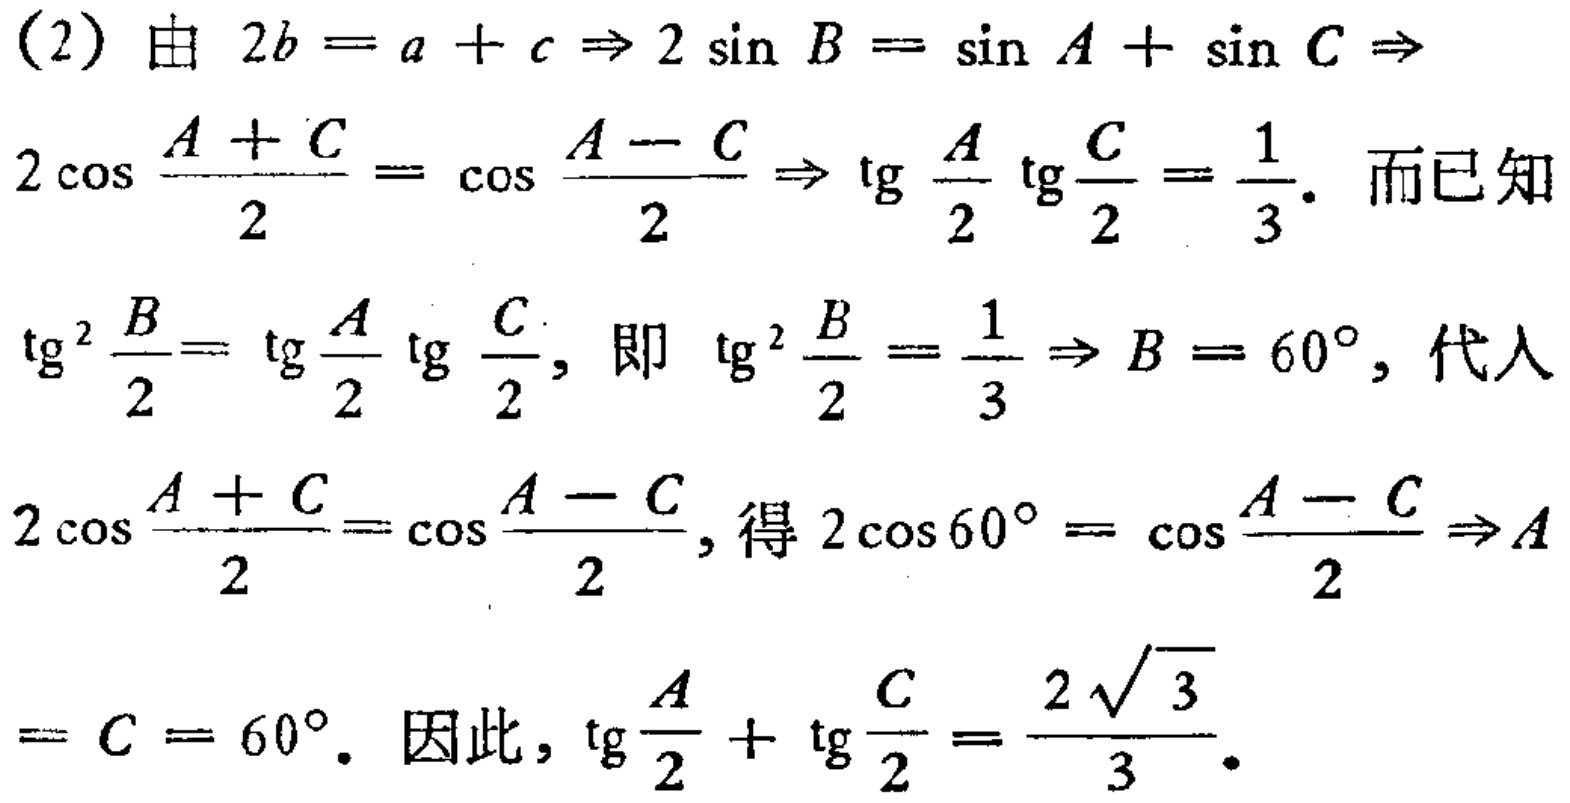
(2) 由 \(2b = a + c \Rightarrow 2\sin B=\sin A+\sin C\Rightarrow\)
\(2\cos\frac{A + C}{2}=\cos\frac{A - C}{2}\Rightarrow \text{tg}\frac{A}{2}\text{tg}\frac{C}{2}=\frac{1}{3}\). 而已知
\(\text{tg}^{2}\frac{B}{2}=\text{tg}\frac{A}{2}\text{tg}\frac{C}{2}\), 即 \(\text{tg}^{2}\frac{B}{2}=\frac{1}{3}\Rightarrow B = 60^{\circ}\), 代入
\(2\cos\frac{A + C}{2}=\cos\frac{A - C}{2}\), 得 \(2\cos60^{\circ}=\cos\frac{A - C}{2}\Rightarrow A\)
\(=C = 60^{\circ}\). 因此, \(\text{tg}\frac{A}{2}+\text{tg}\frac{C}{2}=\frac{2\sqrt{3}}{3}\).